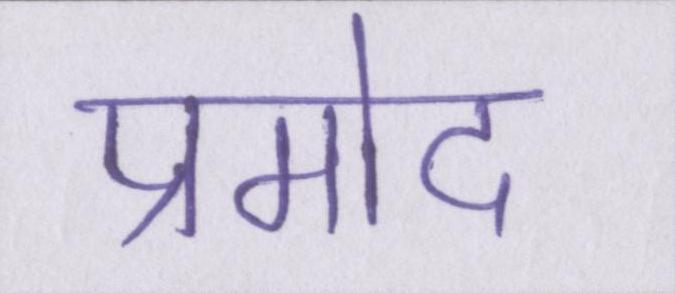
प्रमोद